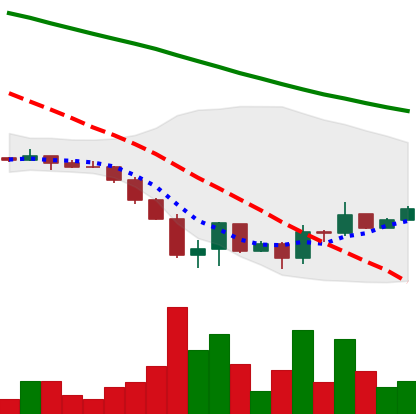
Ticker: DOGE-USD
Chart end date: 2022-06-24
Forward return: 3.492%
Label: up_3_5